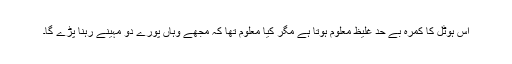
اس ہوٹل کا کمرہ بے حد غلیظ معلوم ہوتا ہے مگر کیا معلوم تھا کہ مجھے وہاں پورے دو مہینے رہنا پڑے گا۔